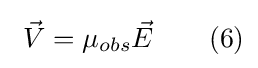
\ {\vec {V}}=\mu _{obs}{\vec {E}}\qquad (6)